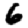
Digit: 6